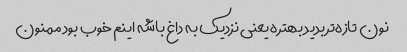
نون تازه‌تر بدید بهتره یعنی نزدیک به داغ باشه اینم خوب بود ممنون